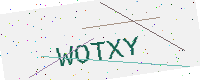
Text: WOTXY